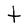
Character: t